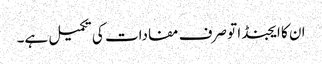
ان کا ایجنڈا تو صرف مفادات کی تکمیل ہے۔